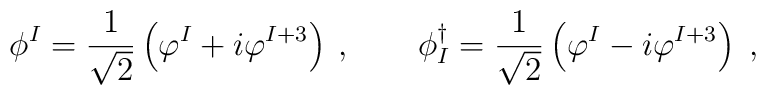
\phi^{I} = \frac{1}{\sqrt{2}} \left( \varphi^{I}+i\varphi^{I+3}     \right) \: , \qquad \phi^{\dagger}_{I} = \frac{1}{\sqrt{2}} \left(     \varphi^{I}-i\varphi^{I+3} \right) \; ,